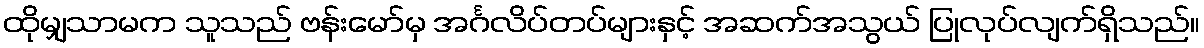
ထိုမျှသာမက သူသည် ဗန်းမော်မှ အင်္ဂလိပ်တပ်များနှင့် အဆက်အသွယ် ပြုလုပ်လျက်ရှိသည်။